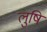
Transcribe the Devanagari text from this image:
लुषि